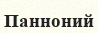
Панноний